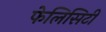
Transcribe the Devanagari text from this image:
फेलिसिटी